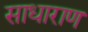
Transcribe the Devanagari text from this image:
साधाराण